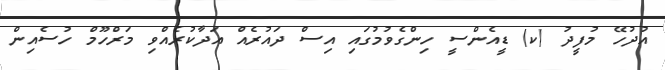
އުދުހޭ މުފީދު (ކ) ޑީއެންސީ ހިންގެވުމުގައި އިސް ދައުރެއް އަދާކުރެއްވި މަރްހޫމް ހުސެއިން